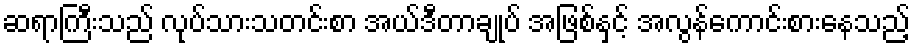
ဆရာကြီးသည် လုပ်သားသတင်းစာ အယ်ဒီတာချုပ် အဖြစ်နှင့် အလွန်ကောင်းစားနေသည့်